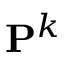
\mathbf { P } ^ { k }